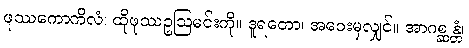
ဖုဿကောကိလံ၊ ထိုဖုဿဥဩမင်းကို။ ဒူရတော၊ အဝေးမှလျှင်။ အာဂစ္ဆန္တံ၊